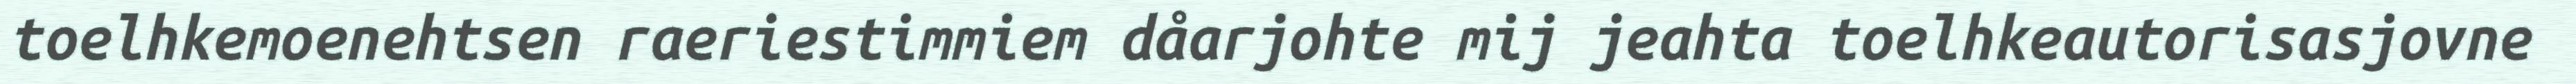
toelhkemoenehtsen raeriestimmiem dåarjohte mij jeahta toelhkeautorisasjovne